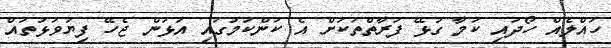
ހައްލެއް ހޯދައި ކަމާ ގުޅޭ ފަރާތްތަކަށް އެ ކަންކަމުގައި އަޅަން ޖެހޭ ފިޔަވަޅުތައް